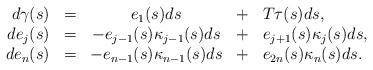
LaTeX: \begin{align*}\begin{array}{rcccl}d\gamma(s)&=&e_1(s)ds&+&T\tau(s)ds, \\de_j(s) &=&-e_{j-1}(s)\kappa_{j-1}(s)ds&+&e_{j+1}(s)\kappa_j(s)ds, \\de_n(s)&=&-e_{n-1}(s)\kappa_{n-1}(s)ds &+&e_{2n}(s)\kappa_n(s)ds.\end{array}\end{align*}